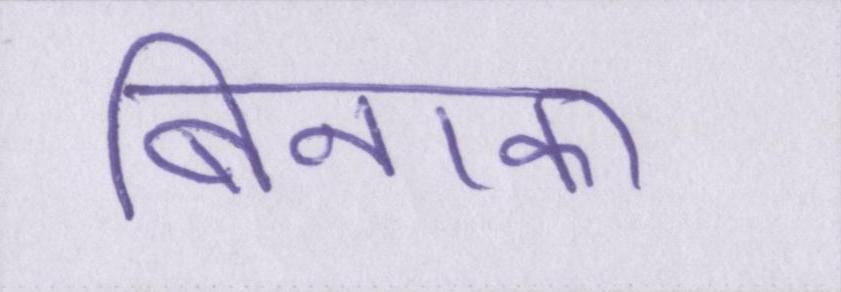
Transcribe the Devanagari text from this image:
बिनाका